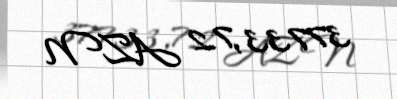
37733,72 AZN